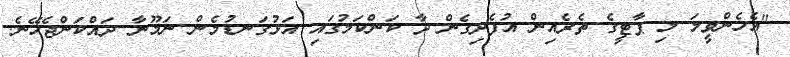
"އެހެންވީމަ މި ޕާޓީގެ ތެރެއިން އުފެދިގެން ދާ ކަންކަމުގައި އަޅުގަނޑުމެން ނަމޫނާ ދައްކަންޖެހޭނެ.